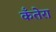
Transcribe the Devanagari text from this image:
कँतेरा